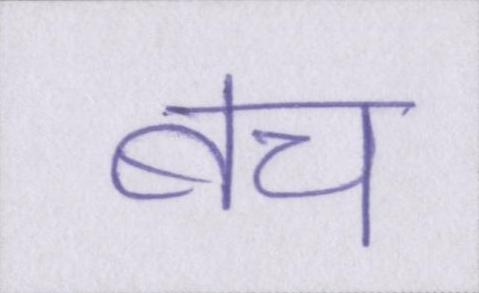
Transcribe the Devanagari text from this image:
बच